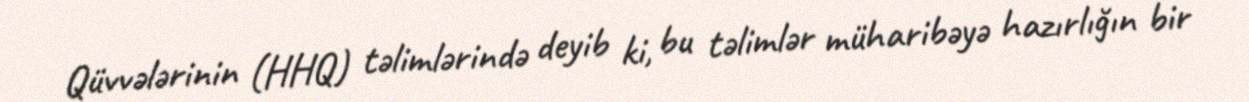
Qüvvələrinin (HHQ) təlimlərində deyib ki, bu təlimlər müharibəyə hazırlığın bir